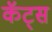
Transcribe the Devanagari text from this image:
कॅट्स